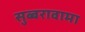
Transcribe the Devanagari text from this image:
सुब्बरावामा